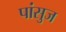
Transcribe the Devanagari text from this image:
पांसुज